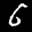
Label: 6